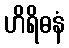
ဟိရိဓနံ